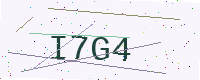
Text: I7G4